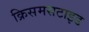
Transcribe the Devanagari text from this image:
क्रिसमसटाइड